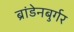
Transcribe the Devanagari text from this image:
ब्रांडेनबुर्गर